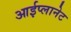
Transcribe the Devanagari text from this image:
आईप्लानेट